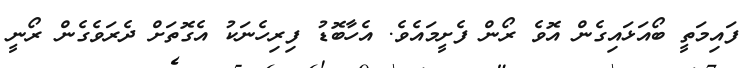
ފައިމަތީ ބޯއަޅައިގެން އޮވެ ރޯން ފެށީމައެވެ. އެހާބޮޑު ފިރިހެނަކު އެގޮތަށް ދެރަވެގެން ރޯނީ